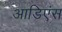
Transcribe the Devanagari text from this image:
आडिएंस